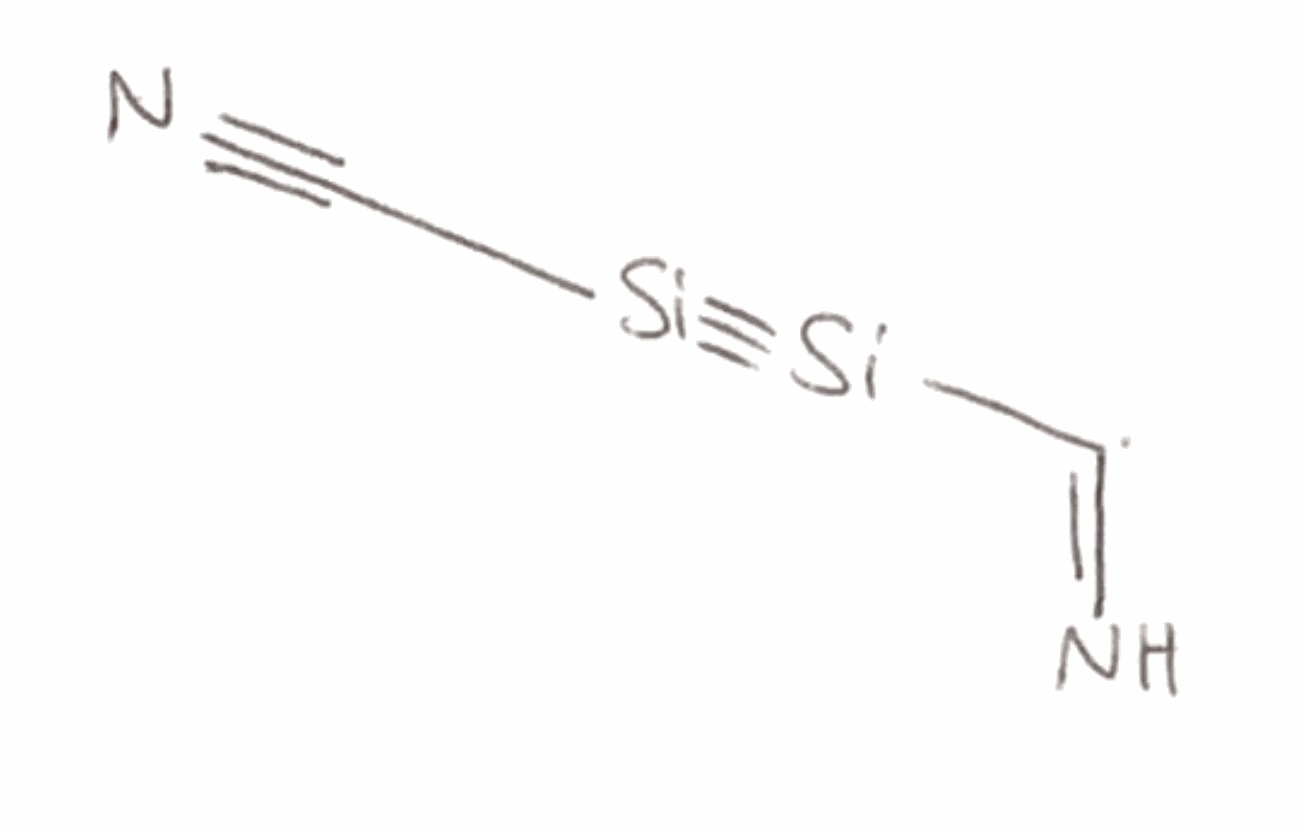
Simplified molecular-input line-entry system (SMILES) notation of the given molecule:
C(=N)[Si]#[Si]C#N